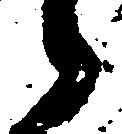
候